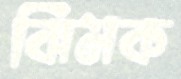
ঝিমক